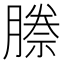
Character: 𭩅